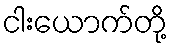
ငါးယောက်တို့